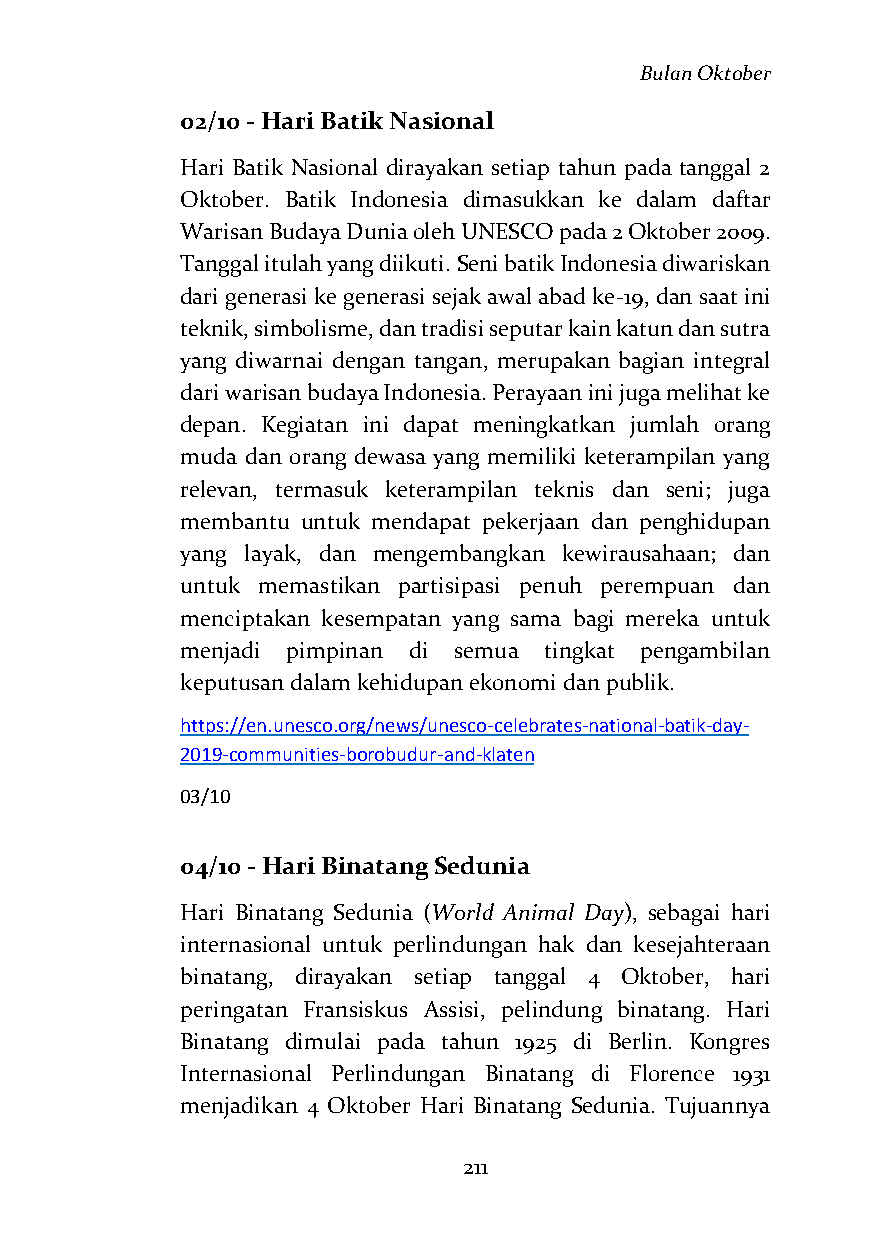
Bulan Oktober
 02/10 - Hari Batik Nasional
 Hari Batik Nasional dirayakan setiap tahun pada tanggal 2
 Oktober. Batik Indonesia dimasukkan ke dalam daftar
 Warisan Budaya Dunia oleh UNESCO pada 2 Oktober 2009.
 Tanggal itulah yang diikuti. Seni batik Indonesia diwariskan
 dari generasi ke generasi sejak awal abad ke-19, dan saat ini
 teknik, simbolisme, dan tradisi seputar kain katun dan sutra
 yang diwarnai dengan tangan, merupakan bagian integral
 dari warisan budaya Indonesia. Perayaan ini juga melihat ke
 depan. Kegiatan ini dapat meningkatkan jumlah orang
 muda dan orang dewasa yang memiliki keterampilan yang
 relevan, termasuk keterampilan teknis dan seni; juga
 membantu untuk mendapat pekerjaan dan penghidupan
 yang layak, dan mengembangkan kewirausahaan; dan
 untuk memastikan partisipasi penuh perempuan dan
 menciptakan kesempatan yang sama bagi mereka untuk
 menjadi pimpinan di semua tingkat pengambilan
 keputusan dalam kehidupan ekonomi dan publik.
 https://en.unesco.org/news/unesco-celebrates-national-batik-day-
 2019-communities-borobudur-and-klaten
 03/10
 04/10 - Hari Binatang Sedunia
 Hari Binatang Sedunia (World Animal Day), sebagai hari
 internasional untuk perlindungan hak dan kesejahteraan
 binatang, dirayakan setiap tanggal 4 Oktober, hari
 peringatan Fransiskus Assisi, pelindung binatang. Hari
 Binatang dimulai pada tahun 1925 di Berlin. Kongres
 Internasional Perlindungan Binatang di Florence 1931
 menjadikan 4 Oktober Hari Binatang Sedunia. Tujuannya
 211